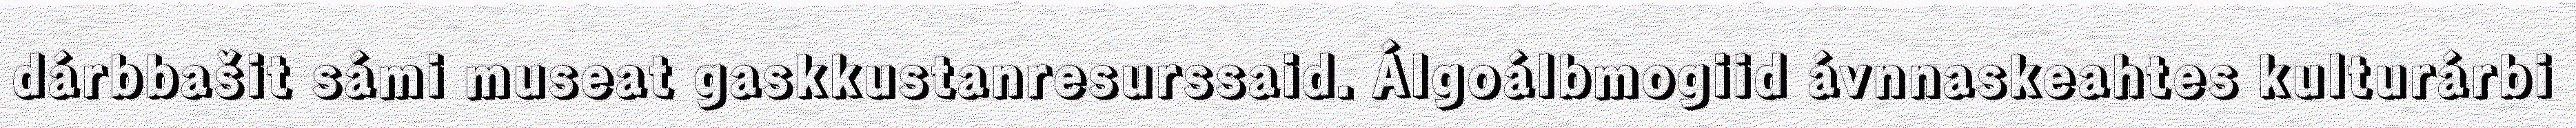
dárbbašit sámi museat gaskkustanresurssaid. Álgoálbmogiid ávnnaskeahtes kulturárbi